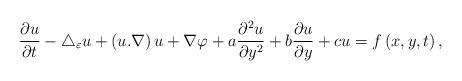
LaTeX: \begin{align*}\frac{\partial u}{\partial t}-\bigtriangleup _{\varepsilon }u+\left(u.\nabla \right) u+\nabla \varphi +a\frac{\partial ^{2}u}{\partial y^{2}}+b\frac{\partial u}{\partial y}+cu=f\left( x,y,t\right) , \end{align*}